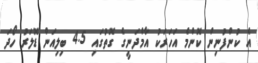
އެ ކުންފުނިން ކޮންމެ އަހަރަކު އާމްދަނީގެ ގޮތުގައި 4.5 ބިލިއަން ޑޮލަރު ހޯދަ